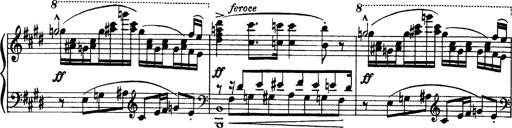
Title: OuvertÃ¼re zu TannhÃ¤user
Composer: Franz Liszt